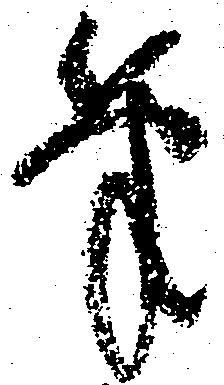
筆